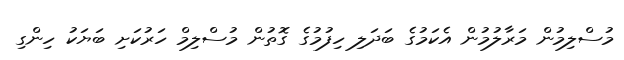
މުސްލިމުން މަރާލުމުން އެކަމުގެ ބަދަލި ހިފުމުގެ ގޮތުން މުސްލިމް ހަރުކަށި ބަޔަކު ހިންގި